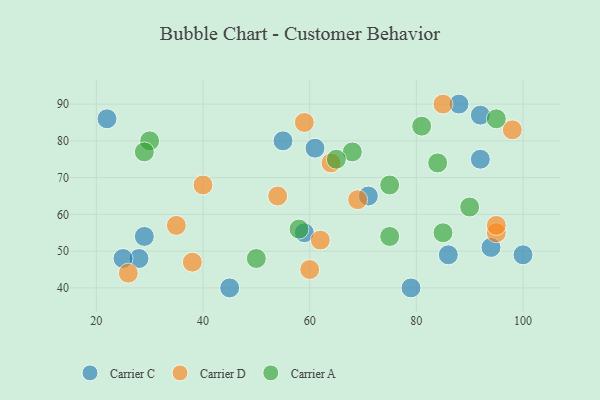
{"axis": {"x": "GDP", "y": "Life Expectancy"}, "legend": ["Carrier A", "Carrier C", "Carrier D"], "data": [{"x": "79", "y": 40, "type": "Carrier C"}, {"x": "61", "y": 78, "type": "Carrier C"}, {"x": "55", "y": 80, "type": "Carrier C"}, {"x": "59", "y": 55, "type": "Carrier C"}, {"x": "92", "y": 75, "type": "Carrier C"}, {"x": "22", "y": 86, "type": "Carrier C"}, {"x": "45", "y": 40, "type": "Carrier C"}, {"x": "28", "y": 48, "type": "Carrier C"}, {"x": "86", "y": 49, "type": "Carrier C"}, {"x": "88", "y": 90, "type": "Carrier C"}, {"x": "29", "y": 54, "type": "Carrier C"}, {"x": "71", "y": 65, "type": "Carrier C"}, {"x": "94", "y": 51, "type": "Carrier C"}, {"x": "25", "y": 48, "type": "Carrier C"}, {"x": "92", "y": 87, "type": "Carrier C"}, {"x": "100", "y": 49, "type": "Carrier C"}, {"x": "95", "y": 55, "type": "Carrier D"}, {"x": "62", "y": 53, "type": "Carrier D"}, {"x": "69", "y": 64, "type": "Carrier D"}, {"x": "98", "y": 83, "type": "Carrier D"}, {"x": "59", "y": 85, "type": "Carrier D"}, {"x": "40", "y": 68, "type": "Carrier D"}, {"x": "38", "y": 47, "type": "Carrier D"}, {"x": "64", "y": 74, "type": "Carrier D"}, {"x": "26", "y": 44, "type": "Carrier D"}, {"x": "60", "y": 45, "type": "Carrier D"}, {"x": "95", "y": 57, "type": "Carrier D"}, {"x": "54", "y": 65, "type": "Carrier D"}, {"x": "85", "y": 90, "type": "Carrier D"}, {"x": "35", "y": 57, "type": "Carrier D"}, {"x": "81", "y": 84, "type": "Carrier A"}, {"x": "90", "y": 62, "type": "Carrier A"}, {"x": "30", "y": 80, "type": "Carrier A"}, {"x": "68", "y": 77, "type": "Carrier A"}, {"x": "65", "y": 75, "type": "Carrier A"}, {"x": "85", "y": 55, "type": "Carrier A"}, {"x": "58", "y": 56, "type": "Carrier A"}, {"x": "95", "y": 86, "type": "Carrier A"}, {"x": "29", "y": 77, "type": "Carrier A"}, {"x": "84", "y": 74, "type": "Carrier A"}, {"x": "50", "y": 48, "type": "Carrier A"}, {"x": "75", "y": 68, "type": "Carrier A"}, {"x": "75", "y": 54, "type": "Carrier A"}]}